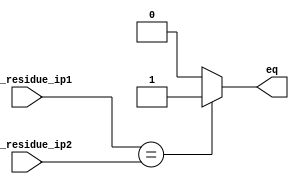
module residue_comparator(
input 	[15:0]	out_residue_ip1,
input 	[15:0]	out_residue_ip2,
output			eq
);


assign eq = (out_residue_ip1 == out_residue_ip2) ? 1'b1 : 1'b0;

endmodule